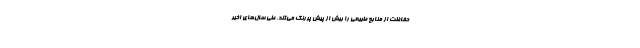
حفاظت از منابع طبیعی را بیش از پیش پررنگ می‌کند. طی سال‌های اخیر